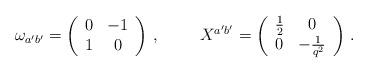
LaTeX: \begin{align*}\omega_{a'b'}=\left(\begin{array}{cc}0&-1\\1&0\\\end{array}\right)\,,\hspace{1cm}X^{a'b'}=\left(\begin{array}{cc}\frac{1}{2}&0\\0&-\frac{1}{q^2}\end{array}\right)\,.\end{align*}